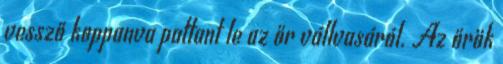
vessző koppanva pattant le az őr vállvasáról. Az őrök